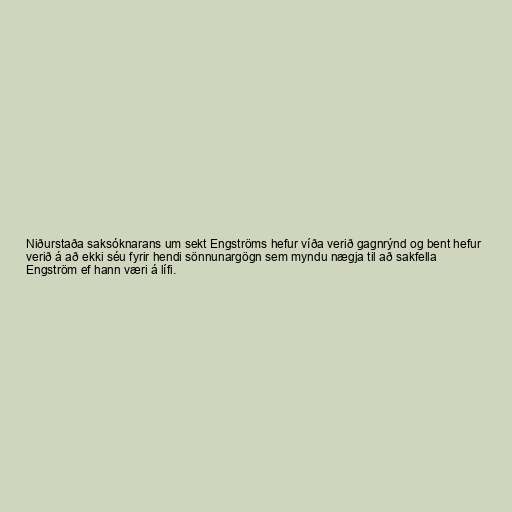
Niðurstaða saksóknarans um sekt Engströms hefur víða verið gagnrýnd og bent hefur
verið á að ekki séu fyrir hendi sönnunargögn sem myndu nægja til að sakfella
Engström ef hann væri á lífi.